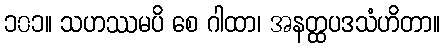
၁၀၁။ သဟဿမပိ စေ ဂါထာ၊ အနတ္ထပဒသံဟိတာ။